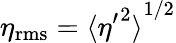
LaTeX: \eta_{\mathrm{rms}}={\langle{\eta^{\prime}}^{2}\rangle}^{1/2}